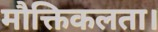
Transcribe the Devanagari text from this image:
मौक्तिकलता।